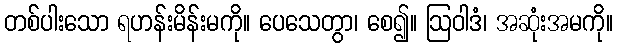
တစ်ပါးသော ရဟန်းမိန်းမကို။ ပေသေတွာ၊ စေ၍။ ဩဝါဒံ၊ အဆုံးအမကို။